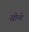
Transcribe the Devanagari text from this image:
खीन्चे